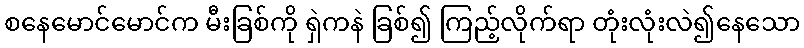
စနေမောင်မောင်က မီးခြစ်ကို ရှဲကနဲ ခြစ်၍ ကြည့်လိုက်ရာ တုံးလုံးလဲ၍နေသော